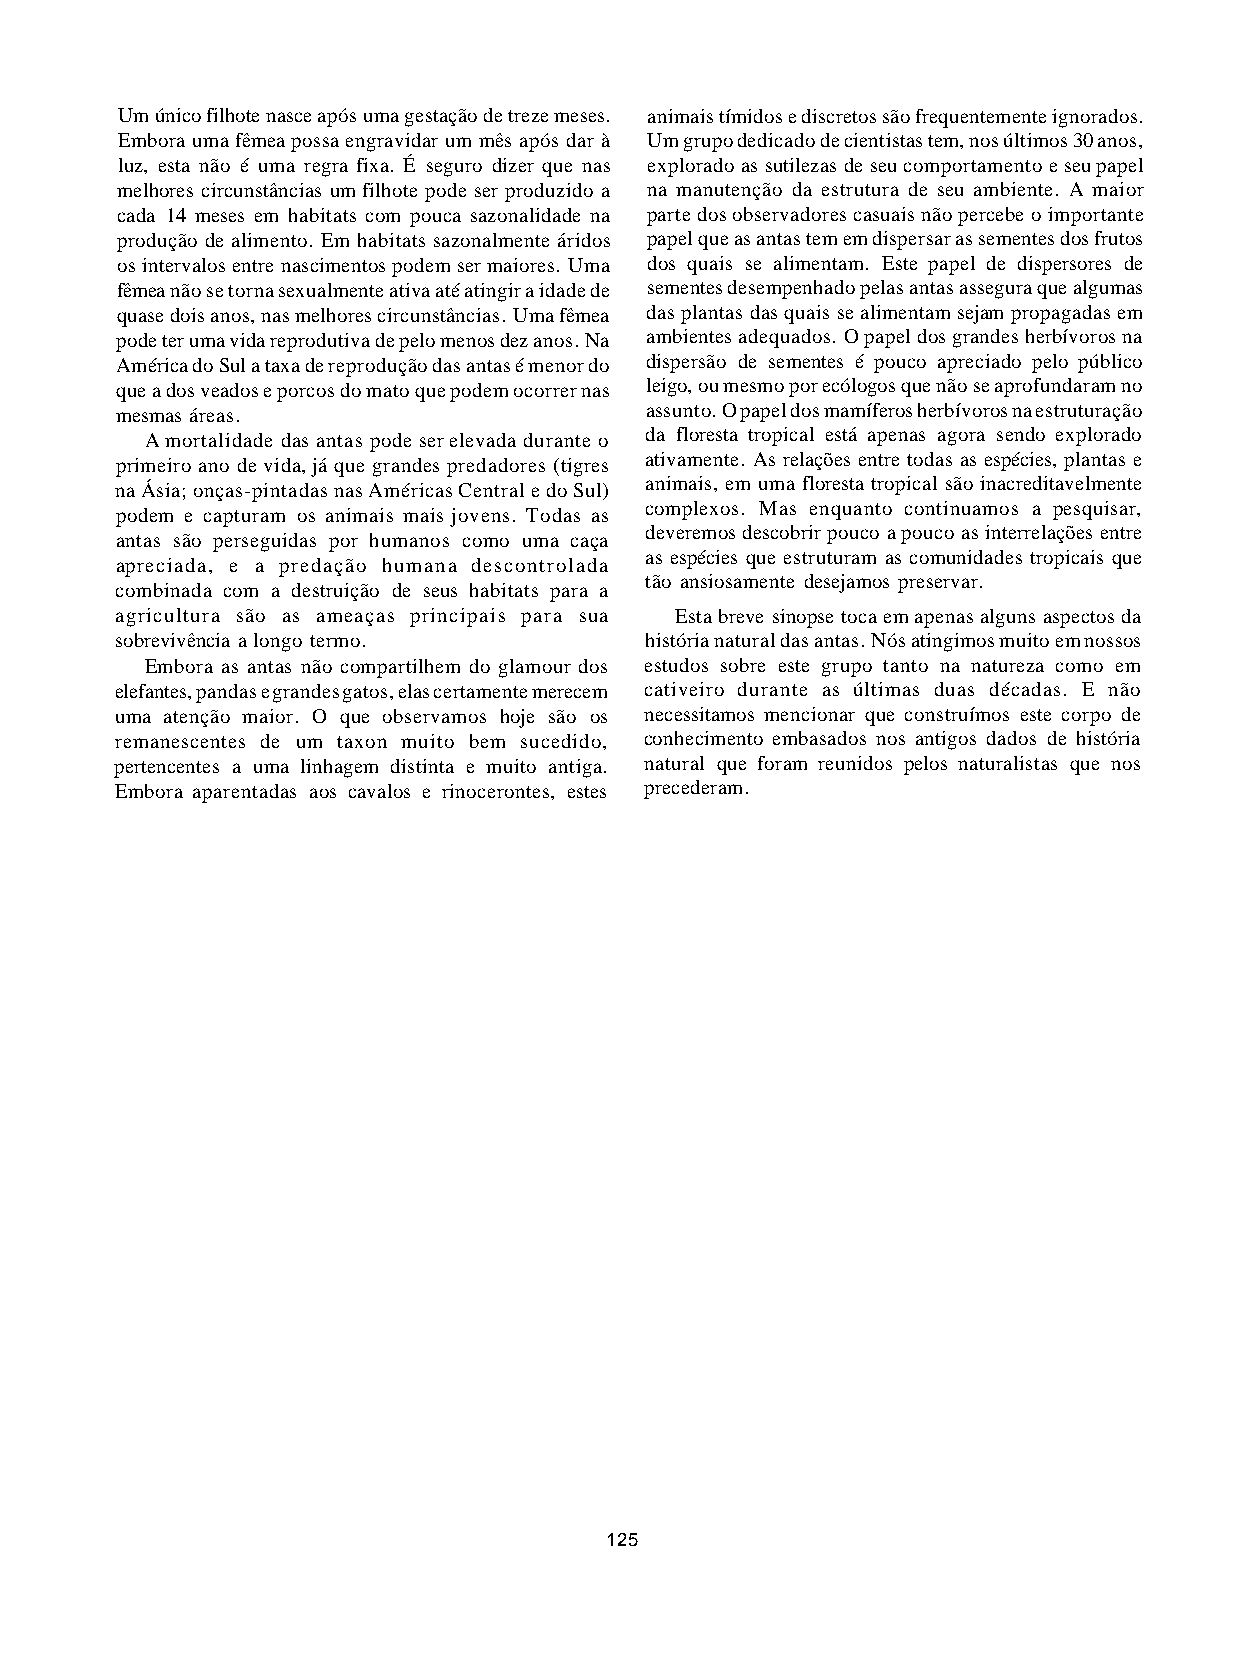
Um único filhote nasce após uma gestação de treze meses. animais tímidos e discretos são frequentemente ignorados.
 Embora uma fêmea possa engravidar um mês após dar à Um grupo dedicado de cientistas tem, nos últimos 30 anos,
 luz, esta não é uma regra fixa. É seguro dizer que nas explorado as sutilezas de seu comportamento e seu papel
 melhores circunstâncias um filhote pode ser produzido a na manutenção da estrutura de seu ambiente. A maior
 cada 14 meses em habitats com pouca sazonalidade na parte dos observadores casuais não percebe o importante
 produção de alimento. Em habitats sazonalmente áridos papel que as antas tem em dispersar as sementes dos frutos
 os intervalos entre nascimentos podem ser maiores. Uma dos quais se alimentam. Este papel de dispersores de
 fêmea não se torna sexualmente ativa até atingir a idade de sementes desempenhado pelas antas assegura que algumas
 quase dois anos, nas melhores circunstâncias. Uma fêmea das plantas das quais se alimentam sejam propagadas em
 pode ter uma vida reprodutiva de pelo menos dez anos. Na ambientes adequados. O papel dos grandes herbívoros na
 América do Sul a taxa de reprodução das antas é menor do dispersão de sementes é pouco apreciado pelo público
 que a dos veados e porcos do mato que podem ocorrer nas leigo, ou mesmo por ecólogos que não se aprofundaram no
 mesmas áreas.                      assunto. O papel dos mamíferos herbívoros na estruturação
 A mortalidade das antas pode ser elevada durante o da floresta tropical está apenas agora sendo explorado
 ativamente. As relações entre todas as espécies, plantas e
 primeiro ano de vida, já que grandes predadores (tigres
 animais, em uma floresta tropical são inacreditavelmente
 na Ásia; onças-pintadas nas Américas Central e do Sul)
 complexos. Mas enquanto continuamos a pesquisar,
 podem e capturam os animais mais jovens. Todas as
 deveremos descobrir pouco a pouco as interrelações entre
 antas são perseguidas por humanos como uma caça
 as espécies que estruturam as comunidades tropicais que
 apreciada, e a predação humana descontrolada
 tão ansiosamente desejamos preservar.
 combinada com a destruição de seus habitats para a
 agricultura são as ameaças principais para sua Esta breve sinopse toca em apenas alguns aspectos da
 sobrevivência a longo termo.       história natural das antas. Nós atingimos muito em nossos
 Embora as antas não compartilhem do glamour dos estudos sobre este grupo tanto na natureza como em
 elefantes, pandas e grandes gatos, elas certamente merecem cativeiro durante as últimas duas décadas. E não
 uma atenção maior. O que observamos hoje são os necessitamos mencionar que construímos este corpo de
 remanescentes de um taxon muito bem sucedido, conhecimento embasados nos antigos dados de história
 pertencentes a uma linhagem distinta e muito antiga. natural que foram reunidos pelos naturalistas que nos
 Embora aparentadas aos cavalos e rinocerontes, estes precederam.
 125